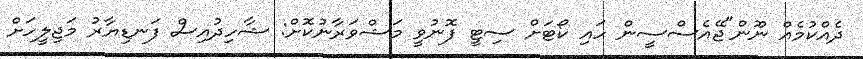
ދެއްކުމެއް ނޫން"ޖޭއެސްސީން ހައި ކޯޓަށް ސިޓީ ފޮނުވީ މަޝްވަރާނުކޮށް: ޝާހިދުއިސް ފަނޑިޔާރު މަޖިލީހަށް